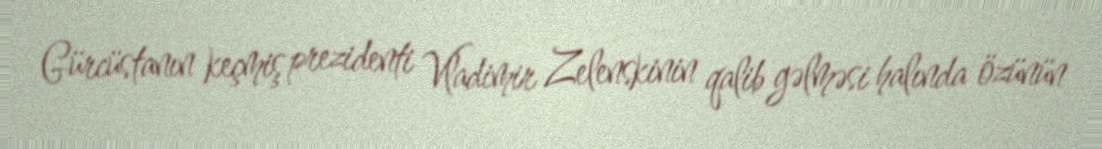
Gürcüstanın keçmiş prezidenti Vladimir Zelenskinin qalib gəlməsi halında özünün